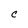
Character: C